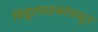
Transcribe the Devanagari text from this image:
विद्युतवाहकांपासून